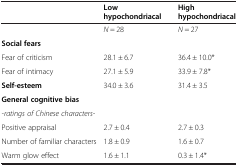
|  | Low hypochondriacal | High hypochondriacal |
 | --- | --- | --- |
 |  | N = 28 | N = 27 |
 | Social fears |  |  |
 | Fear of criticism | 28.1 ± 6.7 | 36.4 ± 10.0* |
 | Fear of intimacy | 27.1 ± 5.9 | 33.9 ± 7.8* |
 | Self-esteem | 34.0 ± 3.6 | 31.4 ± 3.5 |
 | General cognitive bias |  |  |
 | -ratings of Chinese characters- |  |  |
 | Positive appraisal | 2.7 ± 0.4 | 2.7 ± 0.3 |
 | Number of familiar characters | 1.8 ± 0.9 | 1.6 ± 0.7 |
 | Warm glow effect | 1.6 ± 1.1 | 0.3 ± 1.4* |